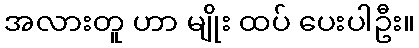
အလားတူ ဟာ မျိုး ထပ် ပေးပါဦး။